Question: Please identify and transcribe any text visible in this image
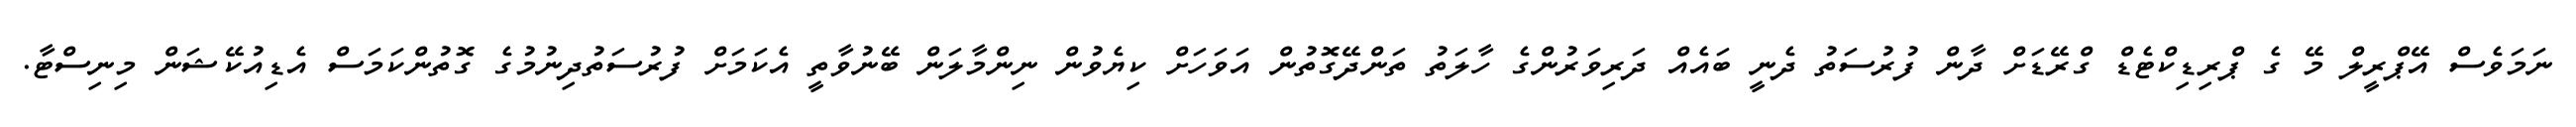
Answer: ނަމަވެސް އޭޕްރީލް މޭ ގެ ޕްރިޑިކްޓެޑް ގްރޭޑަށް ދާން ފުރުސަތު ދެނީ ބައެއް ދަރިވަރުންގެ ހާލަތު ތަންދޭގޮތުން އަވަހަށް ކިޔެވުން ނިންމާލަން ބޭނުވާތީ އެކަމަށް ފުރުސަތުދިނުމުގެ ގޮތުންކަމަސް އެޑިއުކޭޝަން މިނިސްޓާ.